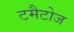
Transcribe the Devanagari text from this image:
टमैटोज